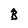
Character: B